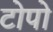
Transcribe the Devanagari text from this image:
टोपो